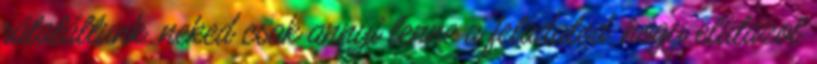
rátaláltunk. neked csak annyi lenne a feladatod, hogy elutazol